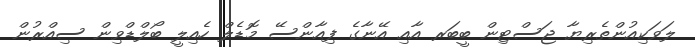
ލަވަކިއުންތެރިޔާ ޖަސްޓިން ބީބަރ އާއި އޭނާގެ ފިއާންސޭ މޮޑެލް ހެއިލީ ބޯލްޑްވިން ސިއްރުން